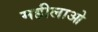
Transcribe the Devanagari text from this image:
महीलाओ